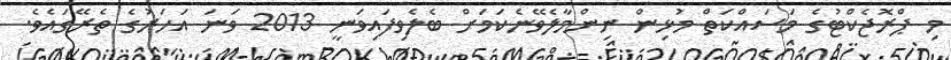
މި ޕްރޮޖެކްޓުގެ މަސައްކަތް މުޅިން ނިންމާލެވޭނެކަމަށް ބެލެވިފައިވަނީ 2013 ވަނަ އަހަރުގެ ތެރޭގައެވެ.